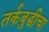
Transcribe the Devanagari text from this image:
तर्कबुद्धीचा